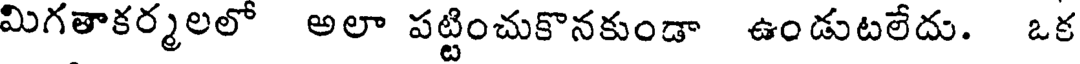
మిగతాకర్మలలో అలా పట్టించుకొనకుండా ఉండుటలేదు. ఒక